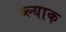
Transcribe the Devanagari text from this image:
ब्ल्याक